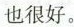
也很好。